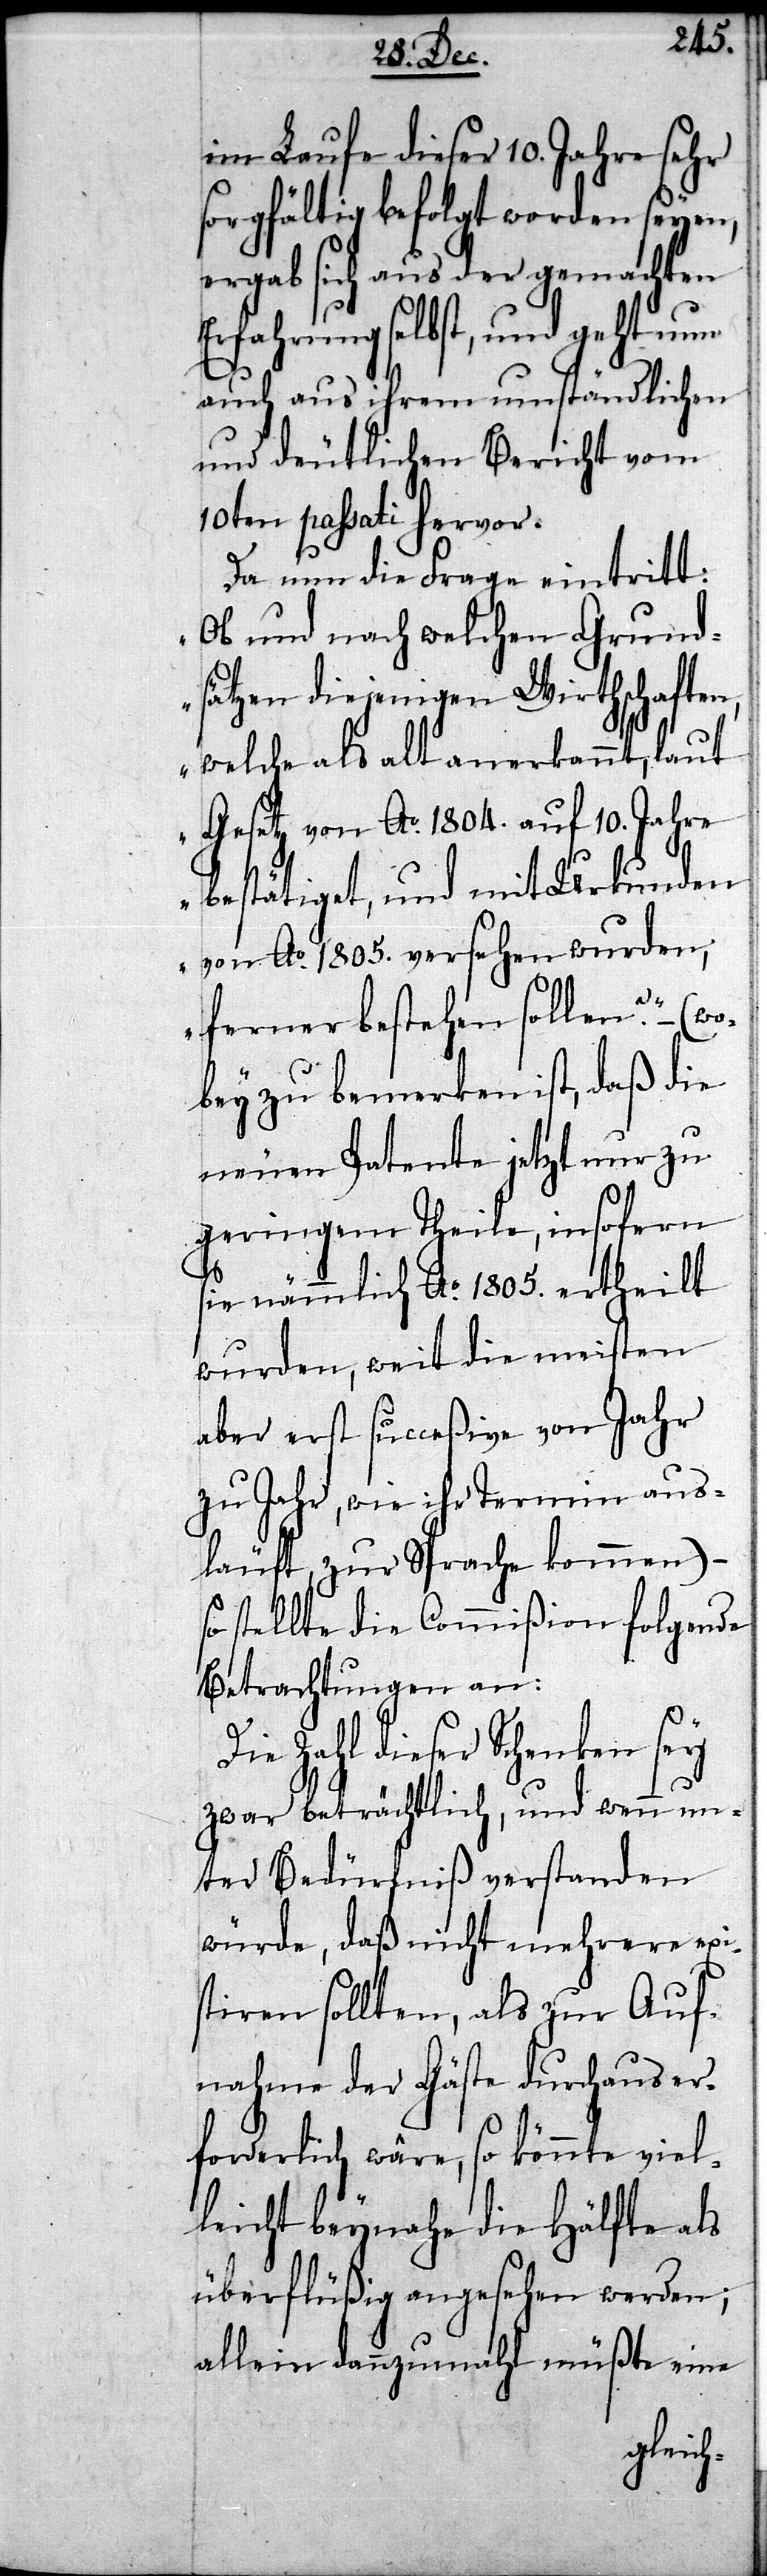
im Laufe dieser 10. Jahre sehr
sorgfältig befolgt worden seyen,
ergab sich aus der gemachten
Erfahrung selbst, und geht nun
auch aus ihrem umständlichen
und deutlichen Bericht vom
10ten passati hervor.
Da nun die Frage eintritt:
„Ob und nach welchen Grund¬
sätzen diejenigen Wirthschaften,
welche als alt anerkannt, laut
Gesetz von Ao. 1804. auf 10. Jahre
bestätiget, und mit Urkunden
von Ao. 1805. versehen wurden,
ferner bestehen sollen?“ – (wo¬
bey zu bemerken ist, daß die
neuen Patente jetzt nur zu
geringem Theile, insofern
sie nämmlich Ao. 1805. ertheilt
wurden, weit die meisten
aber erst succeßive von Jahr
zu Jahr, wie ihr Termin au¬
släuft, zur Sprache kommen)
stellte die Commißion fol¬
Betrachtungen an:
Die Zahl dieser Schenken sey
zwar beträchtlich, und wenn un¬
ter Bedürfniß verstanden
würde, daß nicht mehrere exi¬
stiren sollten, als zur Auf¬
nahme der Gäste durchaus er¬
forderlich wäre, so könnte viel¬
leicht beynahe die Hälfte als
überflüßig angesehen werden;
allein dannzumahl müßte eine
gende